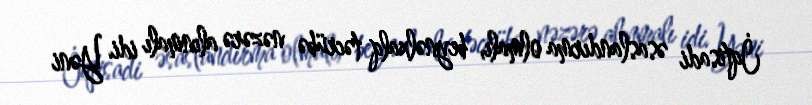
İqtisadi əsaslandırma olmalı, beynəlxalq təcrübə nəzərə alınmalı idi. Yəni